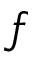
f